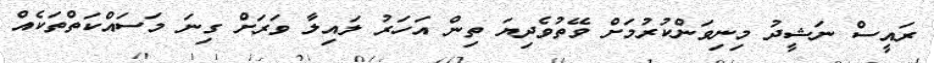
ރައީސް ނަޝީދު މިނިވަންކުރުމަށް ވޭތުވެދިޔަ ތިން އަހަރު ލައިލާ ވަރަށް ގިނަ މަސައްކަތްތަކެއް